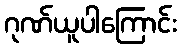
ဂုဏ်ယူပါကြောင်း